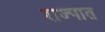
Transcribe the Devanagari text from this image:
राज्पात